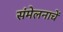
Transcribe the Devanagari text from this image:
संमेलनाचें